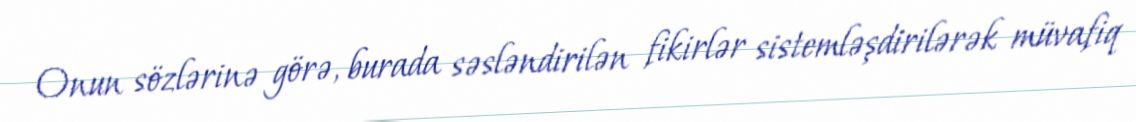
Onun sözlərinə görə, burada səsləndirilən fikirlər sistemləşdirilərək müvafiq